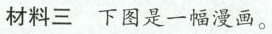
材料三下图是一幅漫画。